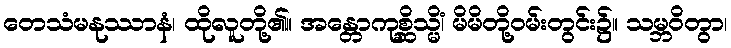
တေသံမနုဿာနံ၊ ထိုလူတို့၏။ အန္တောကုစ္ဆိသ္မိံ၊ မိမိတို့ဝမ်းတွင်း၌။ သမ္ဘဝိတွာ၊